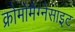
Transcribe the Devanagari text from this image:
क्रोमोमैग्‍नेसाइट